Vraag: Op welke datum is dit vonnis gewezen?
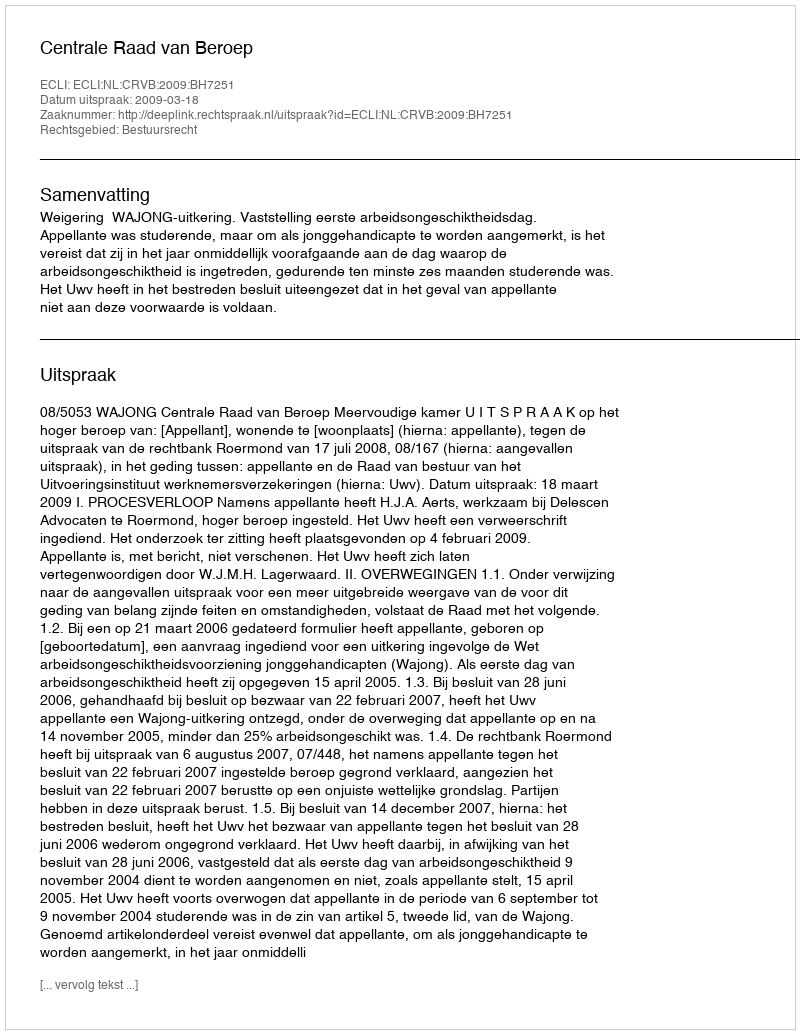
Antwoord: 2009-03-18